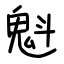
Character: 魁